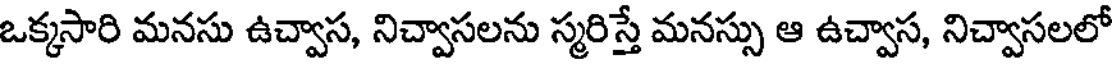
ఒక్కసారి మనసు ఉచ్వాస, నిచ్వాసలను స్మరిస్తే మనస్సు ఆ ఉచ్వాస, నిచ్వాసలలో